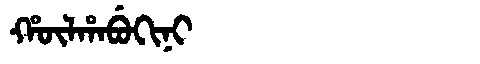
Manchu: ᡥᡡᠯᡥᠠᠪᡠᡴᡳᠨᡳ
Romanization: HŪLHABUKINI